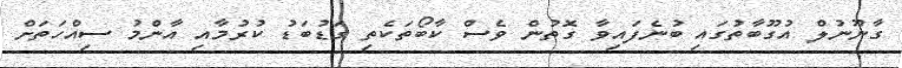
ގާނޫނުލް އުގޫބާތުގައި ބުނެފައިވާ ގޮތުން ވެސް ކާބޯތަކެތި ގަޑުބަޑު ކުރުމާއި އާންމު ސިއްހަތަށް